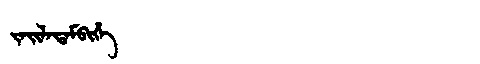
Manchu: ᠵᠠᡳᠯᠠᡨᠠᠮᠪᡳᡥᡝ
Romanization: JAILATAMBIHE